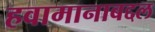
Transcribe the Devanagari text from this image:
हवामानाबद्दल